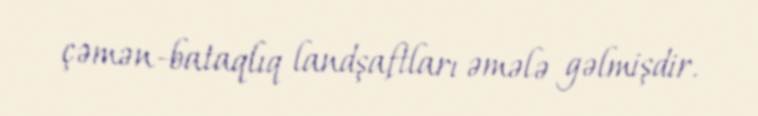
çəmən-bataqlıq landşaftları əmələ gəlmişdir.